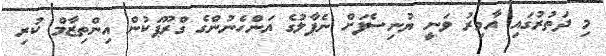
މި ދަތުރުގައި އާމިރު ވަނީ ޔުނިސެފަށް ނެޕާލުގެ އަންހެނުންގެ ގްރޫޕަކުން އިންތިޒާމް ކުރި